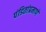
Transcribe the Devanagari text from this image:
पंडितांप्रमाणे